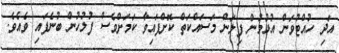
އަދި ހުއްޓުވަން އުޅުމުން ފިލަން މަސައްކަތް ކޮށްފައިވާ ކަމަށްވެސް ފުލުހުން ބުނެފައި ވެއެވެ.